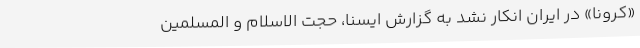
«کرونا» در ایران انکار نشد به گزارش ایسنا، حجت الاسلام و المسلمین